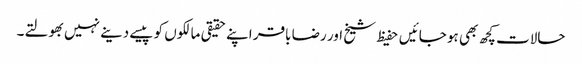
حالات کچھ بھی ہو جائیں حفیظ شیخ اور رضا باقر اپنے حقیقی مالکوں کو پیسے دینے نہیں بھولتے۔